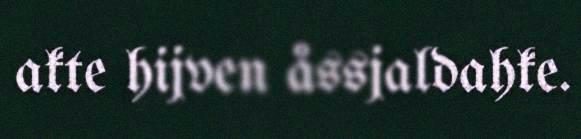
akte hijven åssjaldahke.